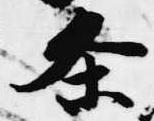
条